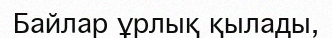
Байлар ұрлық қылады,